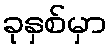
ခုနှစ်မှာ